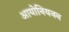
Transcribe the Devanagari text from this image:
आयोनियनन